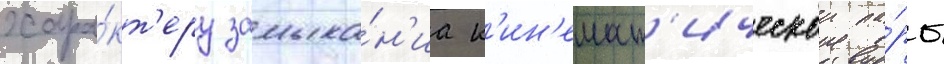
хара́кт'еру замыка́н'иа к'ин'емат'ическои па́ры